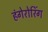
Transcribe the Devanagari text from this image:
हंगेरोरिंग